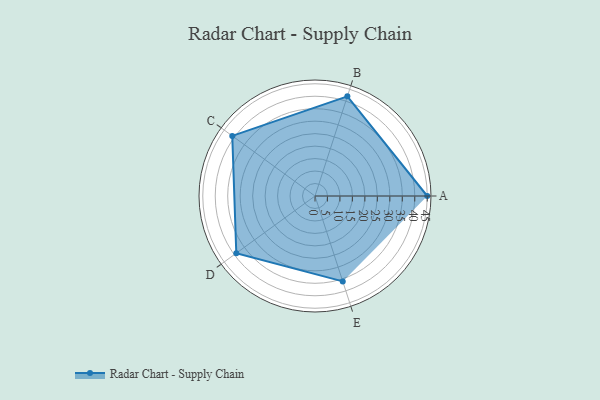
{"axis": {"x": "Skill", "y": "Score"}, "legend": ["Profile"], "data": [{"x": "A", "y": 45.0, "type": "Profile"}, {"x": "B", "y": 42.0, "type": "Profile"}, {"x": "C", "y": 41.0, "type": "Profile"}, {"x": "D", "y": 39.0, "type": "Profile"}, {"x": "E", "y": 36.0, "type": "Profile"}]}